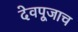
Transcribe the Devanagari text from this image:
देवपूजाच